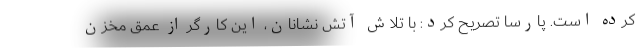
کرده است. پارسا تصریح کرد: با تلاش آتش نشانان، این کارگر از عمق مخزن